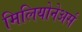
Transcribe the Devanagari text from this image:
मिलियोनेअर्स